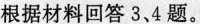
根据材料回答3、4题。